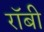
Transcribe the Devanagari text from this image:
राॅबी